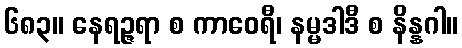
၆၈၃။ နေရဉ္ဇရာ စ ကာဝေရီ၊ နမ္မဒါဒီ စ နိန္နဂါ။